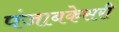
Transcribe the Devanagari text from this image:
पंजाबकेसरी